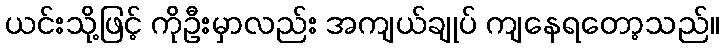
ယင်းသို့ဖြင့် ကိုဦးမှာလည်း အကျယ်ချုပ် ကျနေရတော့သည်။